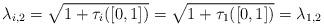
LaTeX: \begin{align*}\lambda_{i,2} = \sqrt{1+\tau_i([0,1])} = \sqrt{1+\tau_1([0,1])} = \lambda_{1,2}\end{align*}